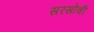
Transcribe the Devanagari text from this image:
सरसोची